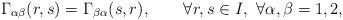
LaTeX: \begin{align*}\Gamma_{\alpha\beta}(r,s)=\Gamma_{\beta\alpha}(s,r),\qquad\forall r,s\in I,\ \forall\alpha,\beta=1,2,\end{align*}